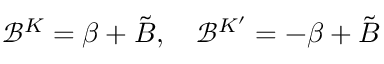
\mathcal { B } ^ { K } = \beta + \tilde { B } , \quad \mathcal { B } ^ { K ^ { \prime } } = - \beta + \tilde { B }